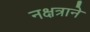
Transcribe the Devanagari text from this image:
नक्षत्राने